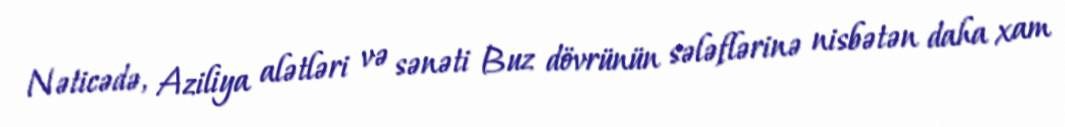
Nəticədə, Aziliya alətləri və sənəti Buz dövrünün sələflərinə nisbətən daha xam